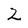
Character: 2